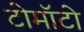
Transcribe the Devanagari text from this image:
टोमॉटो